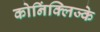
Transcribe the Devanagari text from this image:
कोनिंक्लिज्के